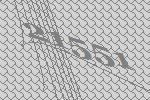
21551